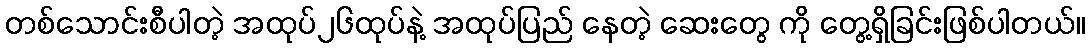
တစ်သောင်းစီပါတဲ့ အထုပ်၂၆ထုပ်နဲ့ အထုပ်ပြည် နေတဲ့ ဆေးတွေ ကို တွေ့ရှိခြင်းဖြစ်ပါတယ်။